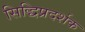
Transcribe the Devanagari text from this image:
सिद्धिप्रदर्शक